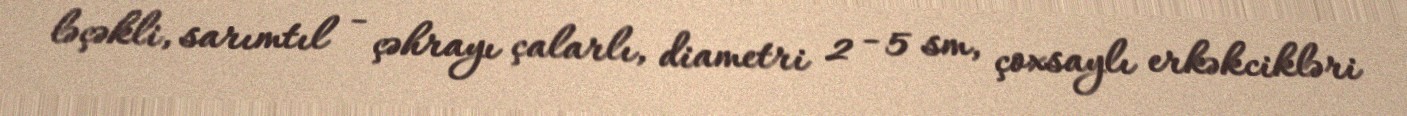
ləçəkli, sarımtıl - çəhrayı çalarlı, diametri 2 - 5 sm, çoxsaylı erkəkcikləri